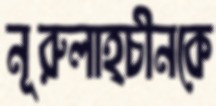
নূরুলাহ্চীনকে